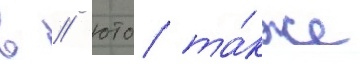
в / юто та́кже